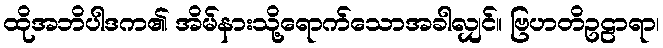
ထိုအဘိပါဒက၏ အိမ်နားသို့ရောက်သောအခါလျှင်။ ဗြဟတိဥဠာရာ၊